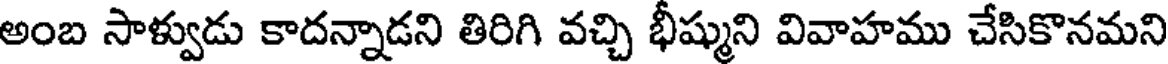
అంబ సాళ్వుడు కాదన్నాడని తిరిగి వచ్చి భీష్ముని వివాహము చేసికొనమని